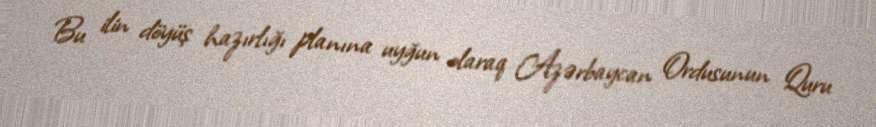
Bu ilin döyüş hazırlığı planına uyğun olaraq Azərbaycan Ordusunun Quru